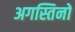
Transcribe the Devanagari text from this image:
अगस्तिनो